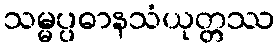
သမ္မပ္ပဓာနသံယုတ္တဿ